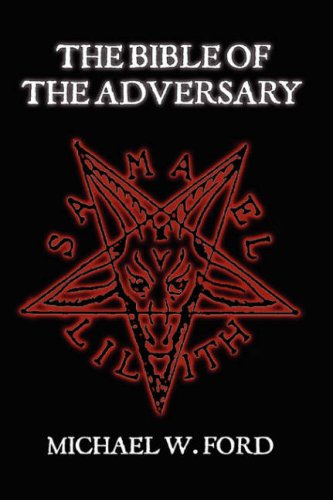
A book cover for THE BIBLE OF THE ADVERSARY; MICHAEL FORD; Religion & Spirituality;